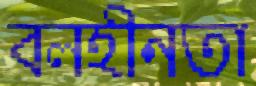
বলহীনতা